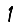
Digit: 1